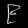
Digit: ၉